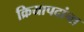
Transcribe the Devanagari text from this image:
क्रियापदांना